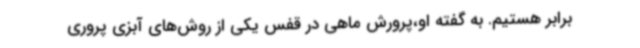
برابر هستیم. به گفته او،پرورش ماهی در قفس یکی از روش‌های آبزی پروری